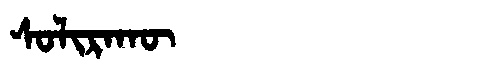
Manchu: ᠰᠣᠯᡳᡵᠠᡴᡡ
Romanization: SOLIRAKŪ